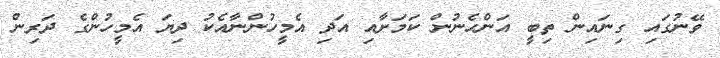
ވޭނުގައި ގިނައިން ތިބީ އަންހެނުން ކަމަށާއި އަދި އެމީހުންނާއެކު ދިޔަ އެމީހުންގެ ދަރިން